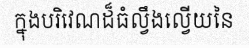
ក្នុងបរិវេណដ៏ធំល្វឹងល្វើយនៃ